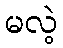
မလဲ့